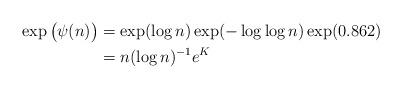
LaTeX: \begin{align*}\exp\big(\psi(n)\big) & = \exp(\log n) \exp(-\log\log n) \exp(0.862) \\& = n (\log n)^{-1} e^K\end{align*}